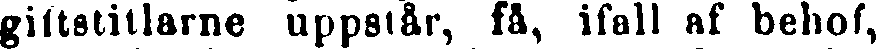
giltstillarne uppstår, få, ifall af behof,